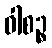
ဝါစဉ္စ